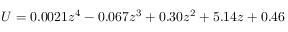
U = 0 . 0 0 2 1 z ^ { 4 } - 0 . 0 6 7 z ^ { 3 } + 0 . 3 0 z ^ { 2 } + 5 . 1 4 z + 0 . 4 6